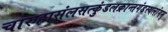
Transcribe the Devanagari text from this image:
चारुहासंलसत्कुंडलक्रान्तगंडस्थलांगम्‌